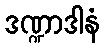
ဒဏ္ဍာဒါနံ